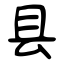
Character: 县